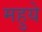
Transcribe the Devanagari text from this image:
महुये